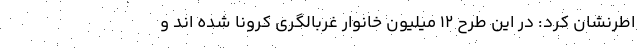
اطرنشان کرد: در این طرح 12 میلیون خانوار غربالگری کرونا شده اند و